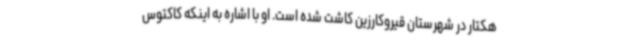
هکتار در شهرستان قیروکارزین کاشت شده است. او با اشاره به اینکه کاکتوس